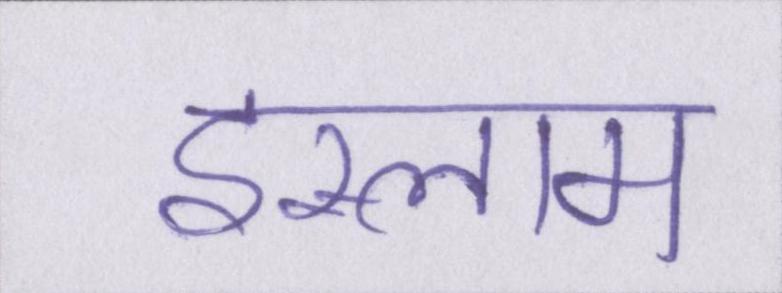
इस्लाम